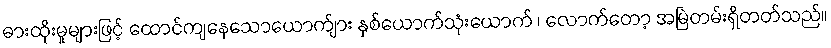
ဓားထိုးမှုများဖြင့် ထောင်ကျနေသောယောက်ျား နှစ်ယောက်သုံးယောက် ၊ လောက်တော့ အမြဲတမ်းရှိတတ်သည်။